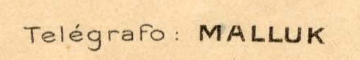
Telegrafo: MALLUK